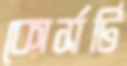
কোর্সটি